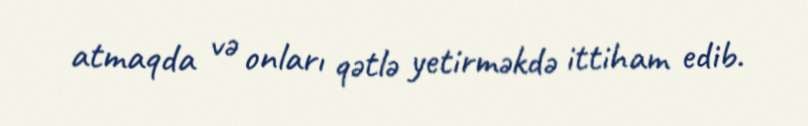
atmaqda və onları qətlə yetirməkdə ittiham edib.